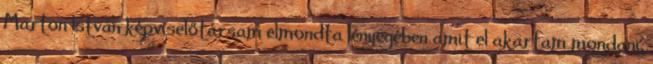
Marton István képviselőtársam elmondta lényegében amit el akartam mondani,